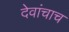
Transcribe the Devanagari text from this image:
देवांचाच